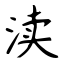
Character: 渎